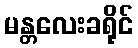
မန္တလေးခရိုင်